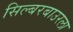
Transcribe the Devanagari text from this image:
सिल्बरबाउरला